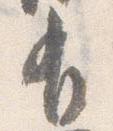
有